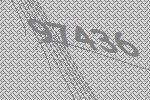
97436